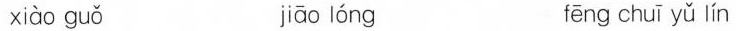
xiào guǒ jiāo lóng fēng chuī yǔ ín